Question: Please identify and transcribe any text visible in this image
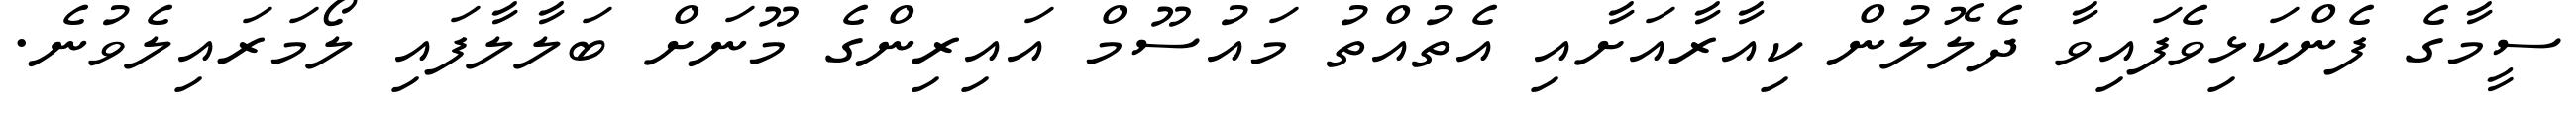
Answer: ސީމާގެ ފެންކަޅިވެފައިވާ ދެލޮލުން ކިއާރާއަށާއި އެތުއްތު މައުސޫމް އައިރިންގެ މޫނަށް ބަލާލާފައި ލޯމަރައިލެވުނެ.